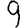
Digit: 9